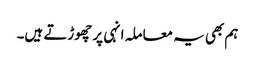
ہم بھی یہ معاملہ انہی پر چھوڑتے ہیں۔